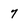
Character: 7